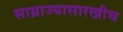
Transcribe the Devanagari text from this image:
साम्राज्यासारखीच